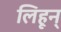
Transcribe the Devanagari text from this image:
लिहून्